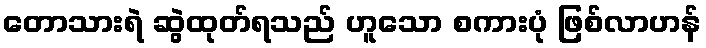
တောသားရဲ ဆွဲထုတ်ရသည် ဟူသော စကားပုံ ဖြစ်လာဟန်